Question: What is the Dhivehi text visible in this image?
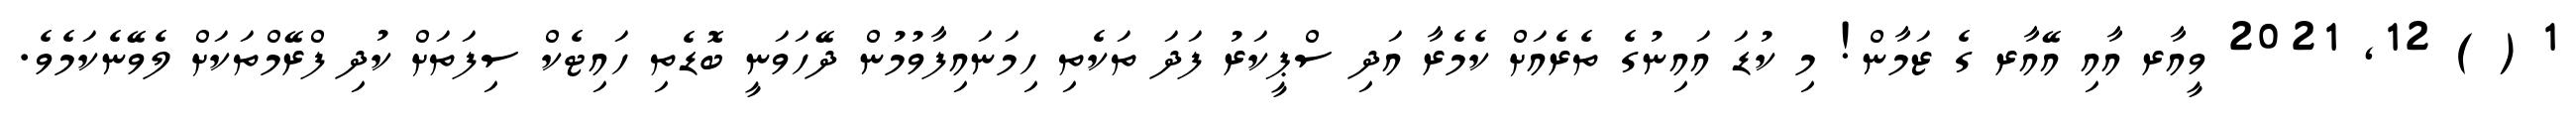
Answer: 1 ( ) 12, 2021 ވީއާރ އާއި އޭއާރ ގެ ޒަމާން! މި ކުޑަ އައިނުގެ ތެރެއަށް ކެމެރާ އަދި ސްޕީކަރު ފަދަ ތަކެތި ހިމަނައިފާވުމުން ދޭހަވަނީ ބޮޑެތި ހައިޓެކް ސިފަތަށް ކުދި ފްރޭމްތަކަށް ލެވޭނެކަމެވެ.